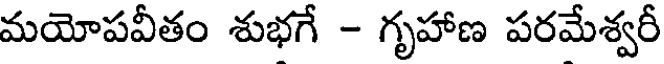
మయోపవీతం శుభగే - గృహాణ పరమేశ్వరీ